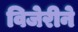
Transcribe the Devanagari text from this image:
विजेरीने